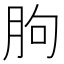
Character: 胊